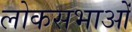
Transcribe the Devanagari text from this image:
लोकसभाओं